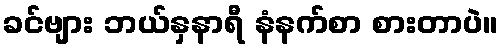
ခင်ဗျား ဘယ်နှနာရီ နံနက်စာ စားတာပဲ။